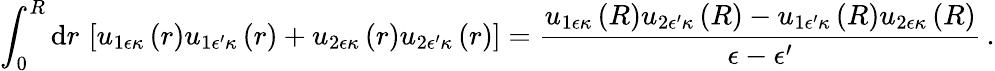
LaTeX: \int_{0}^{R}\mathrm{d}r\, \left[u_{1\epsilon\kappa}\left(r\right)u_{1\epsilon^{\prime}\kappa}\left(r\right)+u_{2\epsilon\kappa}\left(r\right)u_{2\epsilon^{\prime}\kappa}\left(r\right)\right]=\frac{u_{1\epsilon\kappa}\left(R\right)u_{2\epsilon^{\prime}\kappa}\left(R\right)-u_{1\epsilon^{\prime}\kappa}\left(R\right)u_{2\epsilon\kappa}\left(R\right)}{\epsilon-\epsilon^{\prime}}\, .